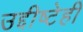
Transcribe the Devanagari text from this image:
उद्दीष्टेही